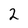
Character: 2